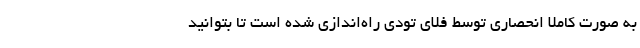
به صورت کاملا انحصاری توسط فلای تودی راه‌اندازی شده است تا بتوانید